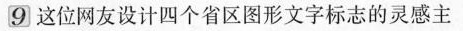
⑨这位网友设计四个省区图形文字标志的灵感主